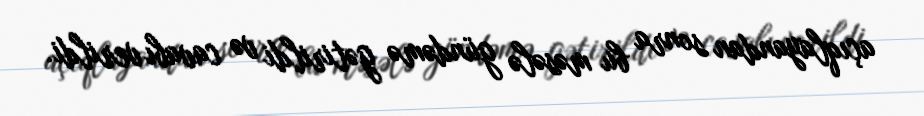
açıqlayandan sonra bu məsələ gündəmə gətirildi və cavabı verildi.